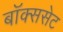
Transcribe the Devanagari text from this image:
बॉक्ससेट